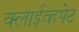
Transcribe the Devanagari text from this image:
क्लाईव्हपेट